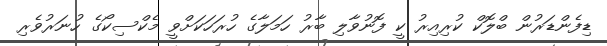
ޑިފެންޑަރުން ބްލޮކް ކުރިއިރު ކީ ފޮނުވާލި ބާރު ހަމަލާގެ ހުރަހަކަށްވީ މެކްސިކޯގެ ހުނަރުވެރި